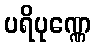
ပရိပုဏ္ဏေ